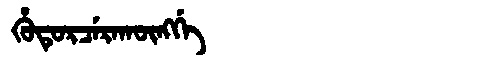
Manchu: ᡥᡠᡨᡠᡵᠴᡝᡵᠠᡴᡡᠩᡤᡝ
Romanization: HUTURCERAKŪNGGE